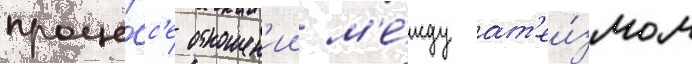
проце́сс'е отношен'ии м'е́жду ат'еи́змом